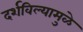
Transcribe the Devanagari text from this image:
दर्शविल्यामुळे